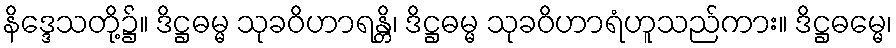
နိဒ္ဒေသတို့၌။ ဒိဋ္ဌဓမ္မ သုခဝိဟာရန္တိ၊ ဒိဋ္ဌဓမ္မ သုခဝိဟာရံဟူသည်ကား။ ဒိဋ္ဌဓမ္မေ၊